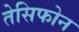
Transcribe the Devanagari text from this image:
तेसिफोन